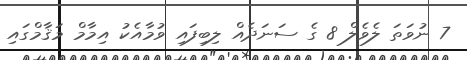
7 ނުވަތަ ލެވެލް 8 ގެ ސަނަދެއް ލިބިފައި ވުމާއެކު އިމާމް މަޤާމްގައި